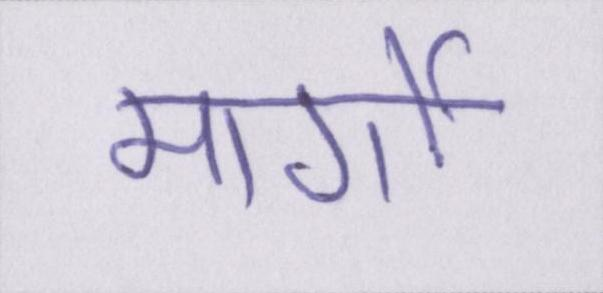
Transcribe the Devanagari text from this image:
मार्गो